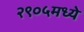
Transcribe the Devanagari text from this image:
२९०५मध्ये